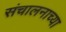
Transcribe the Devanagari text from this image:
संचालनाच्या